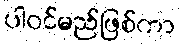
ပါဝင်မည်ဖြစ်ကာ